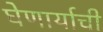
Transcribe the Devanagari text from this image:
घेणार्याची